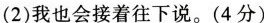
(2)我也会接着往下说。(4分)